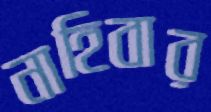
নাহিবার